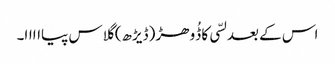
اس کے بعد لسّی کا ڈُوھڑ (ڈیڑھ) گلاس پیااااا۔